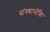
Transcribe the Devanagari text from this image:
संस्थानोंकि